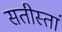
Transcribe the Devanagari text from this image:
सतीस्तां